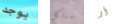
يوجد سنأكل أو